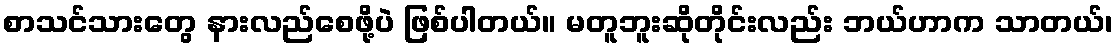
စာသင်သားတွေ နားလည်စေဖို့ပဲ ဖြစ်ပါတယ်။ မတူဘူးဆိုတိုင်းလည်း ဘယ်ဟာက သာတယ်၊